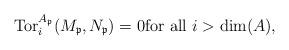
LaTeX: \begin{align*}\operatorname{Tor}_i^{A_{\mathfrak{p}}}(M_{\mathfrak{p}}, N_{\mathfrak{p}}) = 0 \mbox{for all } i > \dim(A),\end{align*}